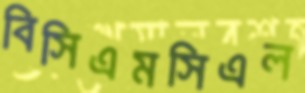
বিসিএমসিএল